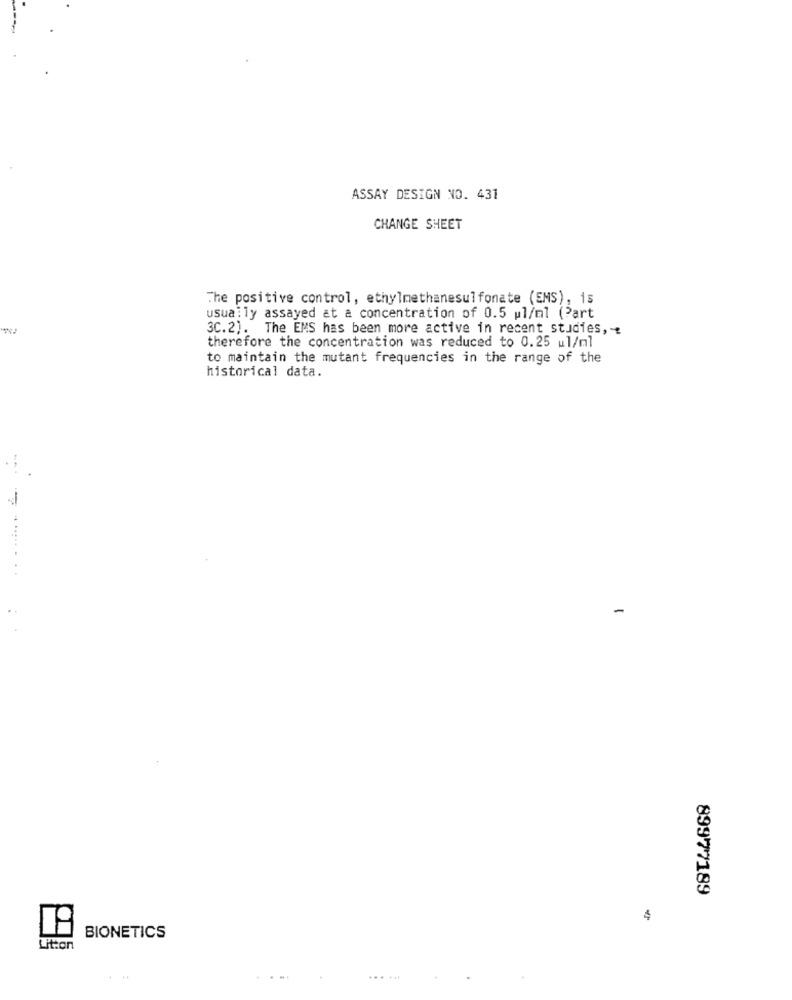
ASSAY DESIGN NO. 431
CHANGE SHEET
The positive control, ethylmethanesulfonate (EMS), is
usually assayed at a concentration of 0.5 pl/ml (Part
3C.2). The EMS has been more active in recent studies, -
therefore the concentration was reduced to 0.25 ul/ml
to maintain the mutant frequencies in the range of the
historical data.
89977189
4
BIONETICS
Lit:on
... ...